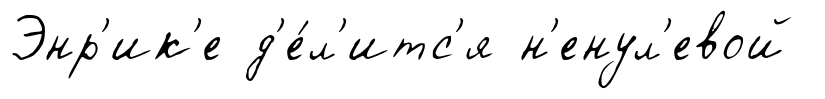
Энр'ик'е д'е́л'итс'я н'енул'евой